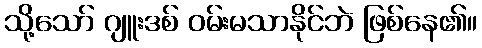
သို့သော် ဂျူးဒစ် ဝမ်းမသာနိုင်ဘဲ ဖြစ်နေ၏။